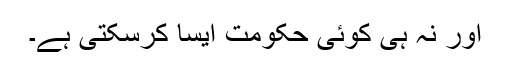
اور نہ ہی کوئی حکومت ایسا کرسکتی ہے۔